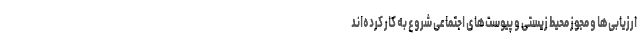
ارزیابی‌ها و مجوز محیط زیستی و پیوست‌های اجتماعی شروع به کار کرده‌اند